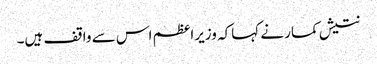
نتیش کمار نے کہاکہ وزیراعظم اس سے واقف ہیں۔